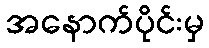
အနောက်ပိုင်းမှ